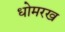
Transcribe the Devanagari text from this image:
धोमरख